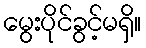
မွေးပိုင်ခွင့်မရှိ။